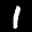
Label: 1